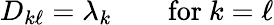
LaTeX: D_{k\ell}=\lambda_{k}\qquad{\mathrm{for~}}k=\ell